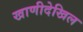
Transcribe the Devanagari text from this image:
खाणीदेखिल